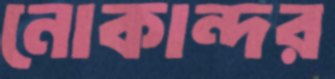
নোকান্দর